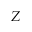
Z